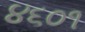
૪૬૦૧